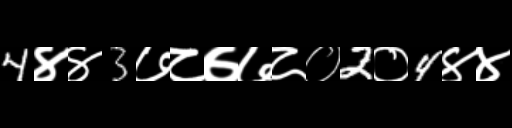
Text: 4४४3७८७७८०2०4४४